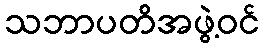
သဘာပတိအဖွဲ့ဝင်